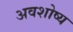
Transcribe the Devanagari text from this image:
अवशोष्य